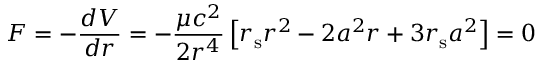
F = - { \frac { d V } { d r } } = - { \frac { \mu c ^ { 2 } } { 2 r ^ { 4 } } } \left[ r _ { \mathrm { { s } } } r ^ { 2 } - 2 a ^ { 2 } r + 3 r _ { \mathrm { { s } } } a ^ { 2 } \right] = 0